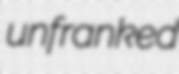
unfranked